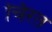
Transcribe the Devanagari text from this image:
चिरत